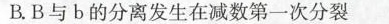
B.B与b的分离发生在减数第一次分裂